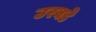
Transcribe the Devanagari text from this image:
उरवडे